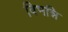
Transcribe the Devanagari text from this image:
विभन्नि